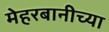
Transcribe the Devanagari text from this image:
मेहरबानीच्या